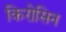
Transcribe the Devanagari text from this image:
किरोसिन